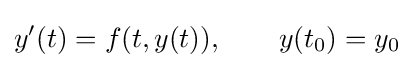
y'(t)=f(t,y(t)),\qquad y(t_{0})=y_{0}